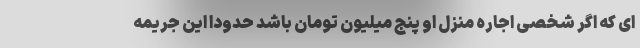
ای که اگر شخصی اجاره منزل او پنج میلیون تومان باشد حدودا این جریمه